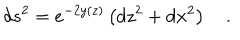
LaTeX: d s ^ { 2 } = e ^ { - 2 y ( z ) } \left( d z ^ { 2 } + d { \bf x } ^ { 2 } \right) \quad .